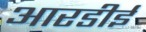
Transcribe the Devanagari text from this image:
आरडीई